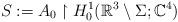
LaTeX: \begin{align*} S:=A_0\upharpoonright H^1_0(\mathbb{R}^3 \setminus \Sigma; \mathbb{C}^4) \end{align*}